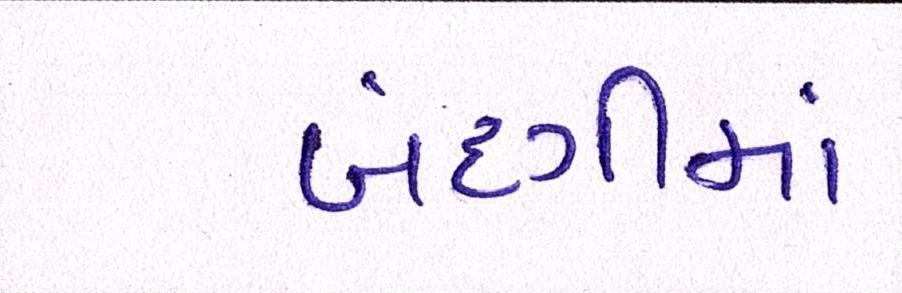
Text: બંદગીમાં